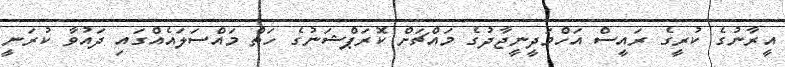
އީރާނުގެ ކުރީގެ ރައީސް އަހްމަދީނީޖާދުގެ މައްޗަށް ކޮރަޕްޝަނުގެ ހަތް މައްސަލައެއްގައި ދައުވާ ކުރަނީ